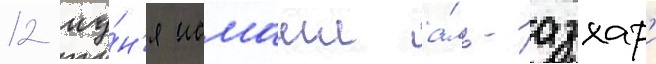
12 иу́н'я исмаил а́ль-азхар'и